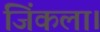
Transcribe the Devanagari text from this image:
जिंकला।